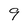
Character: 9